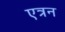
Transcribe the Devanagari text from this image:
एत्रन